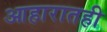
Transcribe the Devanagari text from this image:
आहारातही